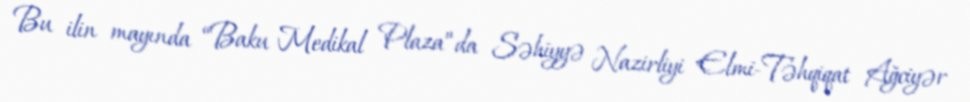
Bu ilin mayında “Baku Medikal Plaza”da Səhiyyə Nazirliyi Elmi-Təhqiqat Ağciyər